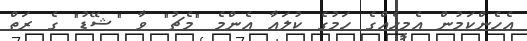
އެހެންކަމުން އެމީހެއްގެ ހަމުގެ ކުލައާ އެންމެ "މެޗު" ވާ "ޝޭޑު" ގެ ރަތް